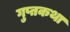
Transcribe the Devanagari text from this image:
गुप्तकथा